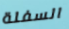
السفلة